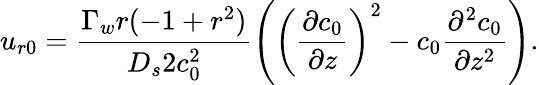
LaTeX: u_{r0}=\frac{\Gamma_{w}r(-1+r^{2})}{D_{s}2c_{0}^{2}}\left(\left(\frac{\partial c_{0}}{\partial z}\right)^{2}-c_{0}\frac{\partial^{2}c_{0}}{\partial z^{2}}\right).